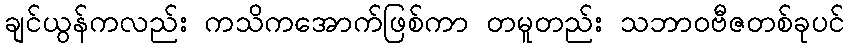
ချင်ယွန်ကလည်း ကသိကအောက်ဖြစ်ကာ တမူတည်း သဘာဝဗီဇတစ်ခုပင်